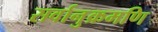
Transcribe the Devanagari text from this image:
सर्वानुक्रमणि